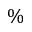
\%